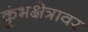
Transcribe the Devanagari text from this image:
कुंभक्षेत्रावर